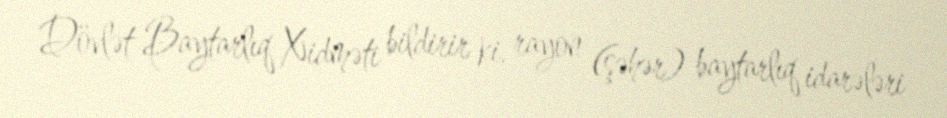
Dövlət Baytarlıq Xidməti bildirir ki, rayon (şəhər) baytarlıq idarələri